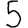
Digit: 5